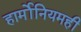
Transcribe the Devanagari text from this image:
हार्मोनियमही